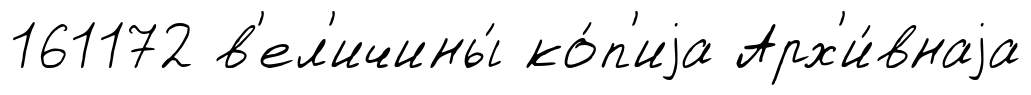
161172 в'ел'ичины́ ко́п'иjа Арх'и́внаjа